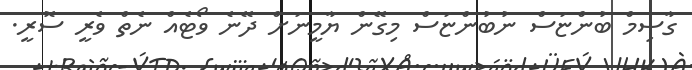
ގާސިމް ބުންޏަސް ނުބުންޏަސް މިގޭން ޔާމީނަށް ދޭނެ ވޯޓެއް ނެތް ވެރީ ސޮރީ.